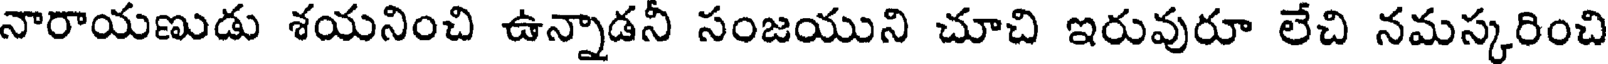
నారాయణుడు శయనించి ఉన్నాడనీ సంజయుని చూచి ఇరువురూ లేచి నమస్కరించి